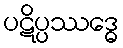
ပဋိပ္ပဿဒ္ဓေ